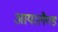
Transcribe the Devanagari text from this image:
आयरलैण्‍ड